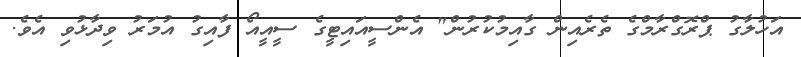
އަހުލާގު ޕްރޮގްރާމްގެ ތެރެއިން ގާއިމުކުރުން" އެންސީއައިޓީގެ ސީއީއޯ ފާއިގު އުމަރު ވިދާޅުވި އެވެ.